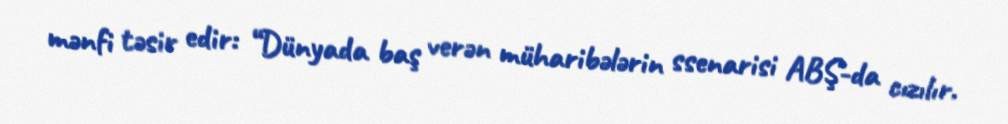
mənfi təsir edir: “Dünyada baş verən müharibələrin ssenarisi ABŞ-da cızılır.